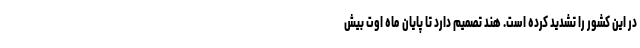
در این کشور را تشدید کرده است. هند تصمیم دارد تا پایان ماه اوت بیش